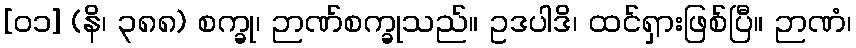
[၀၁] (နိ၊ ၃၈၈) စက္ခု၊ ဉာဏ်စက္ခုသည်။ ဥဒပါဒိ၊ ထင်ရှားဖြစ်ပြီ။ ဉာဏံ၊